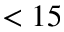
< 1 5